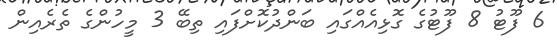
6 ފޫޓު 8 ފޫޓުގެ ގޮޅިއެއްގައި ބަންދުކޮށްފައި ތިބޭ 3 މީހުންގެ ތެރެއިން